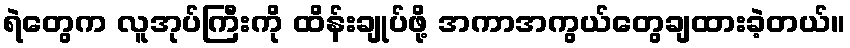
ရဲတွေက လူအုပ်ကြီးကို ထိန်းချုပ်ဖို့ အကာအကွယ်တွေချထားခဲ့တယ်။